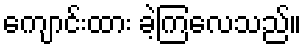
ကျောင်းထား ခဲ့ကြလေသည်။